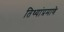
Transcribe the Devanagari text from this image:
तिथ्यांप्रमाणे